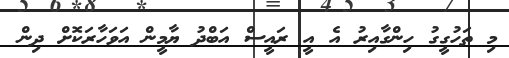
މި ތަހުގީގު ހިންގާއިރު އެ އީ ރައީސް އަބްދު ޔާމީން އަވަހާރަކޮށް ދިން